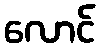
လောင်